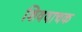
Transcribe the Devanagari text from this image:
शिववाचक